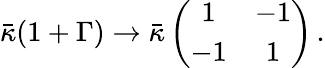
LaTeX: \bar{\kappa}(1+\Gamma)\to\bar{\kappa}\left(\begin{array}{cc}{{1}}&{{-1}}\\ {{-1}}&{{1}}\end{array}\right)\, .